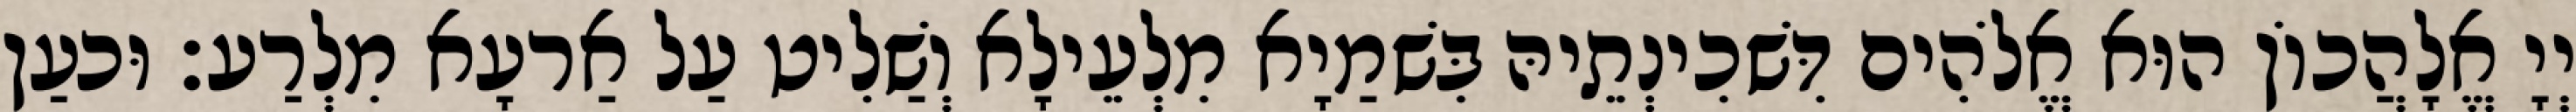
יְיָ אֱלָהֲכוֹן הוּא אֱלֹהִים דִּשׁכִינְתֵיהּ בִּשׁמַיָא מִלְעֵילָא וְשַׁלִיט עַל אַרעָא מִלְרַע׃ וּכעַן